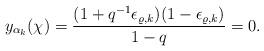
LaTeX: \begin{align*}y_{\alpha_k}(\chi)=\frac{(1+q^{-1}\epsilon_{\varrho,k})(1-\epsilon_{\varrho,k})}{1-q}=0.\end{align*}